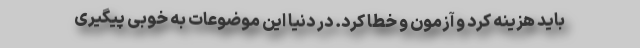
باید هزینه کرد و آزمون و خطا کرد. در دنیا این موضوعات به خوبی پیگیری